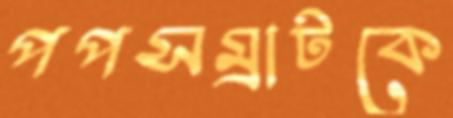
পপসম্রাটকে